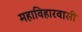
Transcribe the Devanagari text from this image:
महाविहारवासी